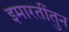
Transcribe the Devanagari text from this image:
इमारतींतुन